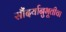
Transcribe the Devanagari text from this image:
सौंदर्यानुभूतीचा